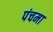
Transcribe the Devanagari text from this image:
पंचमा